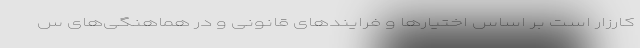
کارزار است بر اساس اختیارها و فرایندهای قانونی و در هماهنگی‌های س